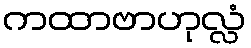
ကထာဗာဟုလ္လံ